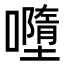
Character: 𡃏